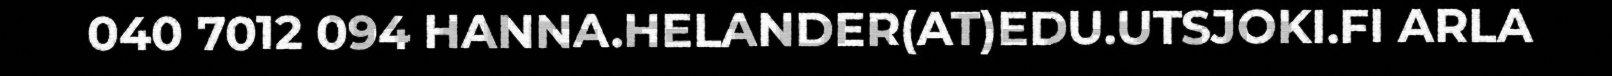
040 7012 094 HANNA.HELANDER(AT)EDU.UTSJOKI.FI ARLA